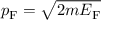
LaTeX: p _ { \mathrm { F } } = { \sqrt { 2 m E _ { \mathrm { F } } } }